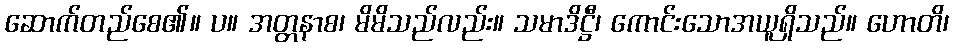
ဆောက်တည်စေ၏။ ပ။ အတ္တနာစ၊ မိမိသည်လည်း။ သမာဒိဋ္ဌီ၊ ကောင်းသောအယူရှိသည်။ ဟောတိ၊